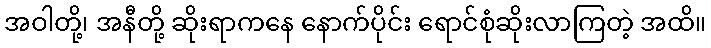
အဝါတို့၊ အနီတို့ ဆိုးရာကနေ နောက်ပိုင်း ရောင်စုံဆိုးလာကြတဲ့ အထိ။